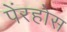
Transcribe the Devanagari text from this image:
पेंरहोस